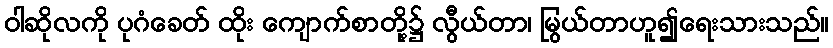
ဝါဆိုလကို ပုဂံခေတ် ထိုး ကျောက်စာတို့၌ လွီယ်တာ၊ မြွယ်တာဟူ၍ရေးသားသည်။